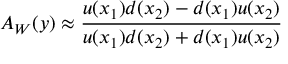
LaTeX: A _ { W } ( y ) \approx \frac { u ( x _ { 1 } ) d ( x _ { 2 } ) - d ( x _ { 1 } ) u ( x _ { 2 } ) } { u ( x _ { 1 } ) d ( x _ { 2 } ) + d ( x _ { 1 } ) u ( x _ { 2 } ) }